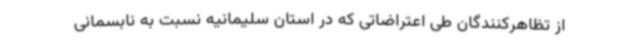
از تظاهرکنندگان طی اعتراضاتی که در استان سلیمانیه نسبت به نابسمانی